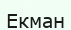
Екман